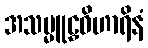
အသမ္မူဠှဝိဟာရိနံ